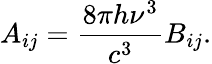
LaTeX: A_{ij}={\frac{8\pi h\nu^{3}}{c^{3}}}B_{ij}.